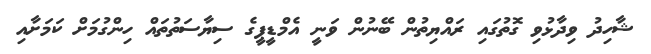
ޝާހިދު ވިދާޅުވި ގޮތުގައި ރައްޔިތުން ބޭނުން ވަނީ އެމްޑީޕީގެ ސިޔާސަތުތައް ހިންގުމަށް ކަމަށާއި